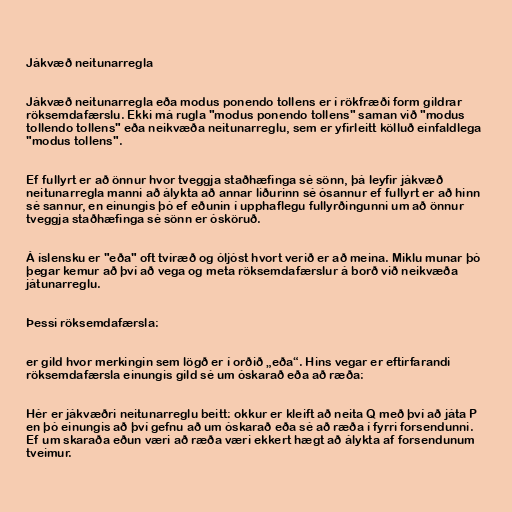
Jákvæð neitunarregla

Jákvæð neitunarregla eða modus ponendo tollens er í rökfræði form gildrar
röksemdafærslu. Ekki má rugla "modus ponendo tollens" saman við "modus
tollendo tollens" eða neikvæða neitunarreglu, sem er yfirleitt kölluð einfaldlega
"modus tollens".

Ef fullyrt er að önnur hvor tveggja staðhæfinga sé sönn, þá leyfir jákvæð
neitunarregla manni að álykta að annar liðurinn sé ósannur ef fullyrt er að hinn
sé sannur, en einungis þó ef eðunin í upphaflegu fullyrðingunni um að önnur
tveggja staðhæfinga sé sönn er ósköruð.

Á íslensku er "eða" oft tvíræð og óljóst hvort verið er að meina. Miklu munar þó
þegar kemur að því að vega og meta röksemdafærslur á borð við neikvæða
játunarreglu.

Þessi röksemdafærsla:

er gild hvor merkingin sem lögð er í orðið „eða“. Hins vegar er eftirfarandi
röksemdafærsla einungis gild sé um óskarað eða að ræða:

Hér er jákvæðri neitunarreglu beitt: okkur er kleift að neita Q með því að játa P
en þó einungis að því gefnu að um óskarað eða sé að ræða í fyrri forsendunni.
Ef um skaraða eðun væri að ræða væri ekkert hægt að álykta af forsendunum
tveimur.